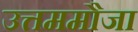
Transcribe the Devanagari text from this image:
उत्तममौजा